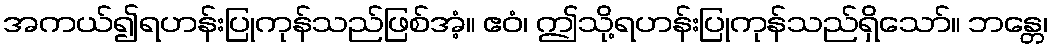
အကယ်၍ရဟန်းပြုကုန်သည်ဖြစ်အံ့။ ဧဝံ၊ ဤသို့ရဟန်းပြုကုန်သည်ရှိသော်။ ဘန္တေ၊